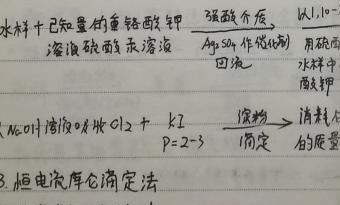
水样 + 已知量的重铬酸钾溶液、硫酸汞溶液 $\xrightarrow[\text{以}1,10-\text{邻菲啰啉为指示剂，用硫酸亚铁铵滴定剩余的重铬酸钾}，\text{同时做空白实验}]{\text{强酸性介质，}Ag_{2}SO_{4}\text{作催化剂，回流}}$

水样中重铬酸钾与还原性物质反应，剩余的重铬酸钾以1,10 - 邻菲啰啉为指示剂，用硫酸亚铁铵滴定，同时做空白实验。

$NaOH$溶液吸收$Cl_{2}+KI\xrightarrow[\text{pH}=2 - 3]{\text{淀粉}}$ 消耗的质量

3. 恒电流库仑滴定法